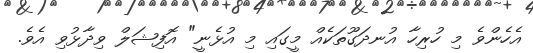
އެހެންވެ މި ހުރިހާ އުނދަގޫތަކެއް މީގައި މި އުޅެނީ" އޮފިޝަލް ވިދާޅުވި އެވެ.